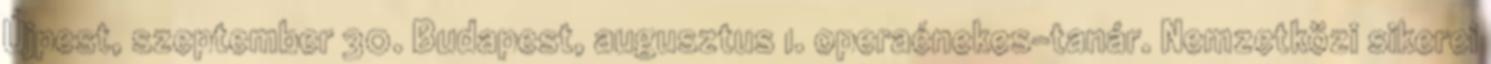
Újpest, szeptember 30. Budapest, augusztus 1. operaénekes-tanár. Nemzetközi sikerei